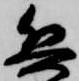
兵